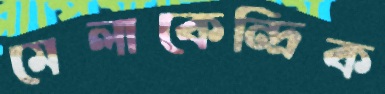
মেলাকেন্দ্রিক